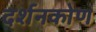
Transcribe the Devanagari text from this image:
दर्शनकोण